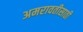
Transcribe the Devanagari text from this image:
अमरावतीसाठी